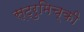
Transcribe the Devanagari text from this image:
स्ट्रुमिच्की